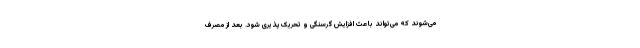
می‌شوند که می‌تواند باعث افزایش گرسنگی و تحریک‌پذیری شود. بعد از مصرف